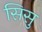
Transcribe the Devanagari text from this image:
सिसु